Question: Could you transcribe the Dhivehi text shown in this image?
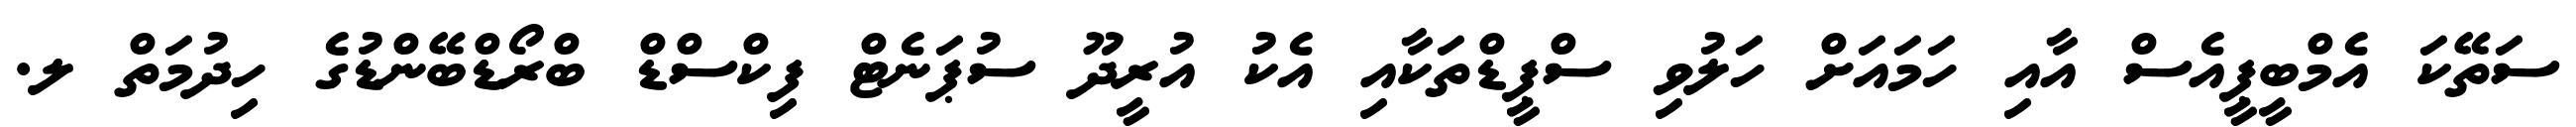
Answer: ސަތޭކަ އެމްބީޕީއެސް އާއި ހަމައަށް ހަލުވި ސްޕީޑްތަކާއި އެކު އުރީދޫ ސުޕަނެޓް ފިކްސްޑް ބްރޯޑްބޭންޑުގެ ހިދުމަތް ލ.